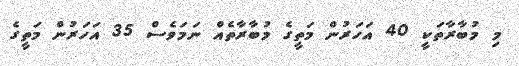
މި މުބާރާތަކީ 40 އަހަރުން މަތީގެ މުބާރާތެއް ނަމަވެސް 35 އަހަރުން މަތީގެ